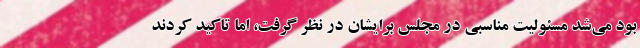
بود می‌شد مسئولیت مناسبی در مجلس برایشان در نظر گرفت، اما تاکید کردند